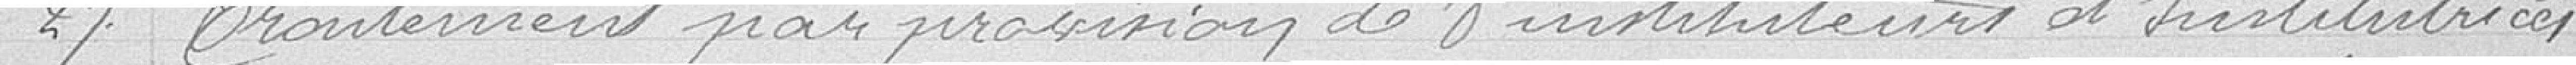
27 Traitement par provision de 8 instituteurs et instritutrices